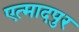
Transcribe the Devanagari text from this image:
एत्मादपुर